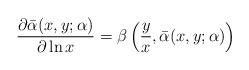
LaTeX: \begin{align*}\frac{\partial\bar\alpha(x,y;\alpha)}{\partial\ln x}=\beta\left(\frac{y}{x},\bar\alpha(x,y;\alpha)\right)\end{align*}